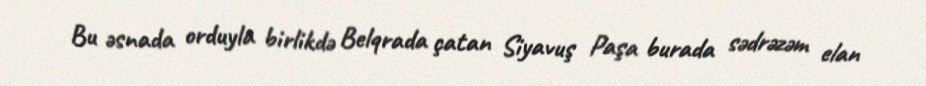
Bu əsnada orduyla birlikdə Belqrada çatan Siyavuş Paşa burada sədrəzəm elan